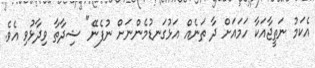
އެކަމު ނަތީޖާއަކާ ހަމައަށް ދާ ތަނެއް އަޅުގަނޑުމެންނަށް ނުފެނޭ" ޝިދާތާ ވިދާޅުވި އެވެ.